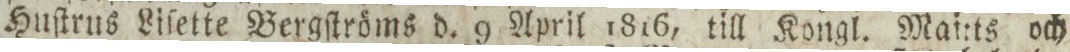
Huſtrus Liſette Bergſtröms d. 9 April 1816, till Kongl. Mai:ts och